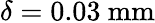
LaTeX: \delta=0.03\ \mathrm{mm}